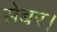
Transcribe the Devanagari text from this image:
सेबर।